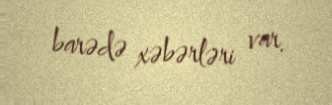
barədə xəbərləri var.